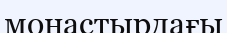
монастырдағы